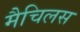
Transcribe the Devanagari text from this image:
मैचिलस